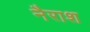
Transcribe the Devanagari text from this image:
नैराश